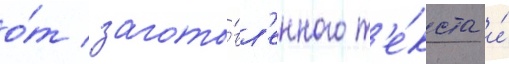
о́т загото́вл'енного т'е́кста и́